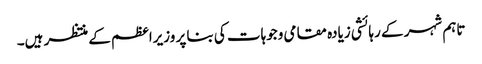
تاہم شہر کے رہائشی زیادہ مقامی وجوہات کی بنا پر وزیراعظم کے منتظر ہیں۔